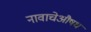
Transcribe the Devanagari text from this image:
नावाचेऔषध